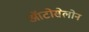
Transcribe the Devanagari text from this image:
ऑटोसेलोन